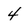
Character: 4